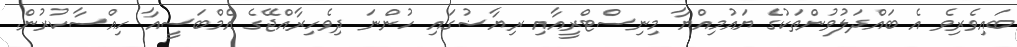
ބައިވެރިވެ އެ ބައްދަލުވުންތަކުގެ ޔައުމިއްޔާ މިނިސްޓްރީއާއި ރިޔާޟުގައި ހުންނަ ދިވެހިރާއްޖޭގެ އެމްބަސީއާ ހިއްސާކުރުން.